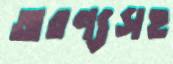
অরণ্যসহ